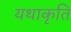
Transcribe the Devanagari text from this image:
यथाकृति